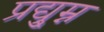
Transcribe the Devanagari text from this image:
प्रद्यु्म्न